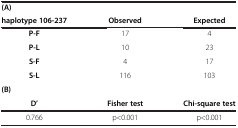
<table><thead><tr><td><b>(A)</b></td><td><b> </b></td><td><b> </b></td></tr><tr><td><b>haplotype 106-237</b></td><td><b>Observed</b></td><td><b>Expected</b></td></tr></thead><tbody><tr><td><b>P-F</b></td><td>17</td><td>4</td></tr><tr><td><b>P-L</b></td><td>10</td><td>23</td></tr><tr><td><b>S-F</b></td><td>4</td><td>17</td></tr><tr><td><b>S-L</b></td><td>116</td><td>103</td></tr><tr><td><b>(B)</b></td><td> </td><td> </td></tr><tr><td><b>D’</b></td><td><b>Fisher test</b></td><td><b>Chi-square test</b></td></tr><tr><td>0.766</td><td>p&lt;0.001</td><td>p&lt;0.001</td></tr></tbody></table>